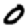
Digit: 0